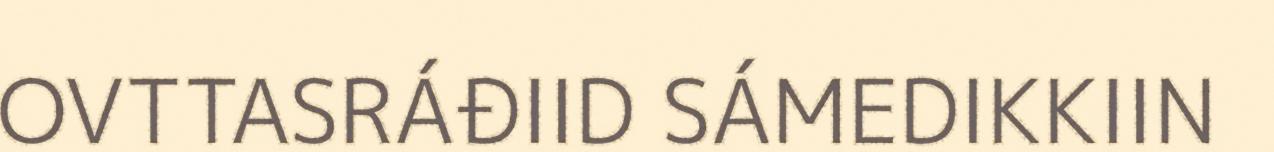
OVTTASRÁĐIID SÁMEDIKKIIN